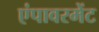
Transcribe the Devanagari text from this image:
एंपावरमेंट